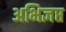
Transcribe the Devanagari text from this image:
अभिज्ञप्त